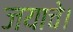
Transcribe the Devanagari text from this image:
जयाचे।